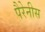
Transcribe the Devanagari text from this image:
पैरेनीस